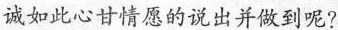
诚如此心甘情愿的说出并做到呢?